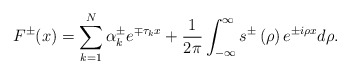
\begin{align*}F^{\pm}(x)=\sum_{k=1}^{N}\alpha_{k}^{\pm}e^{\mp\tau_{k}x}+\frac{1}{2\pi}\int_{-\infty}^{\infty}s^{\pm}\left( \rho\right) e^{\pm i\rho x}d\rho.\end{align*}